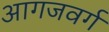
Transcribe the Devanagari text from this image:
आगजवर्ग